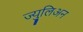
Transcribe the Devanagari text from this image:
ज्युूलिअन